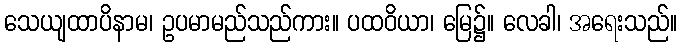
သေယျထာပိနာမ၊ ဥပမာမည်သည်ကား။ ပထဝိယာ၊ မြေ၌။ လေခါ၊ အရေးသည်။